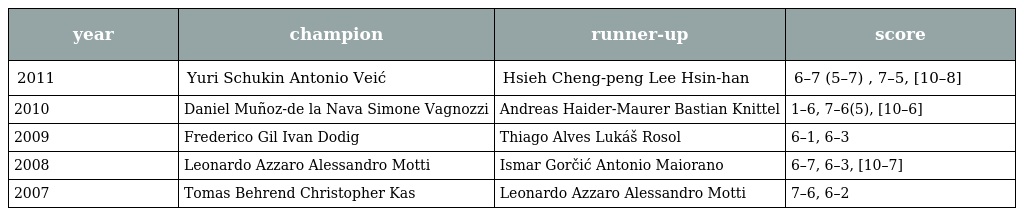
| year | champion | runner-up | score |
 | --- | --- | --- | --- |
 | 2011 | Yuri Schukin Antonio Veić | Hsieh Cheng-peng Lee Hsin-han | 6–7 (5–7) , 7–5, [10–8] |
 | 2010 | Daniel Muñoz-de la Nava Simone Vagnozzi | Andreas Haider-Maurer Bastian Knittel | 1–6, 7–6(5), [10–6] |
 | 2009 | Frederico Gil Ivan Dodig | Thiago Alves Lukáš Rosol | 6–1, 6–3 |
 | 2008 | Leonardo Azzaro Alessandro Motti | Ismar Gorčić Antonio Maiorano | 6–7, 6–3, [10–7] |
 | 2007 | Tomas Behrend Christopher Kas | Leonardo Azzaro Alessandro Motti | 7–6, 6–2 |